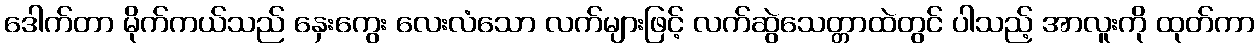
ဒေါက်တာ မိုက်ကယ်သည် နှေးကွေး လေးလံသော လက်များဖြင့် လက်ဆွဲသေတ္တာထဲတွင် ပါသည့် အာလူးကို ထုတ်ကာ